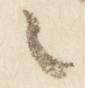
之